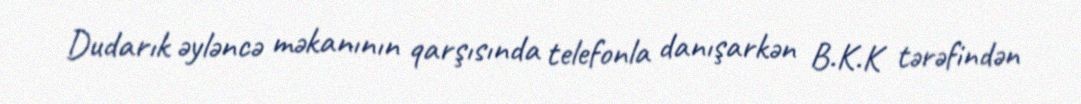
Dudarık əyləncə məkanının qarşısında telefonla danışarkən B.K.K tərəfindən